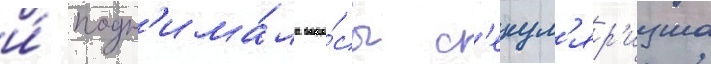
и́ подн'има́ла вопро́сы с'екул'яр'изма